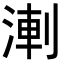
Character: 𭱆